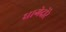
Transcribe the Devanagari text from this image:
धागेदोरे